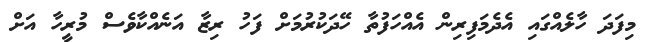
މިފަދަ ހާލެއްގައި އެދެމަފިރިން އެއްހަފުތާ ހޭދަކުރުމަށް ފަހު ރިޒާ އަނެއްކާވެސް މުރީހާ އަށް